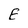
Character: E